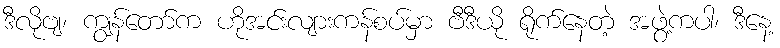
ဒီလိုဗျ၊ ကျွန်တော်က ဟိုအင်းလျားကန်စပ်မှာ ဗီဒီယို ရိုက်နေတဲ့ အဖွဲ့ကပါ၊ ဒီနေ့